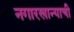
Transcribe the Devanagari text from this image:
नगारखान्याची